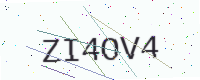
Text: ZI4OV4